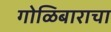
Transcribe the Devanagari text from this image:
गोळिबाराचा